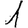
Digit: 1